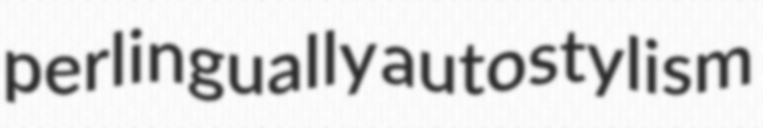
perlingually autostylism